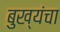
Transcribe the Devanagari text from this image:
बुख्यंचा